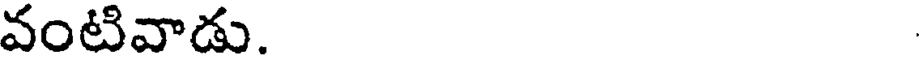
వంటివాడు.